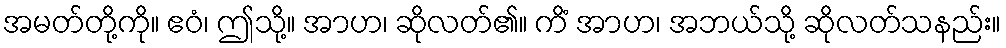
အမတ်တို့ကို။ ဧဝံ၊ ဤသို့။ အာဟ၊ ဆိုလတ်၏။ ကိံ အာဟ၊ အဘယ်သို့ ဆိုလတ်သနည်း။